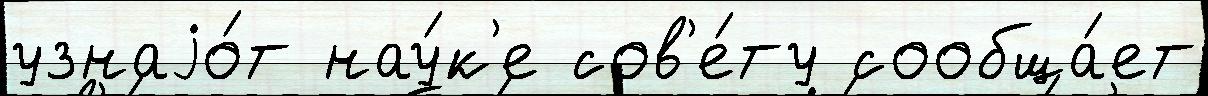
узнаjо́т нау́к'е сов'е́ту сообща́ет